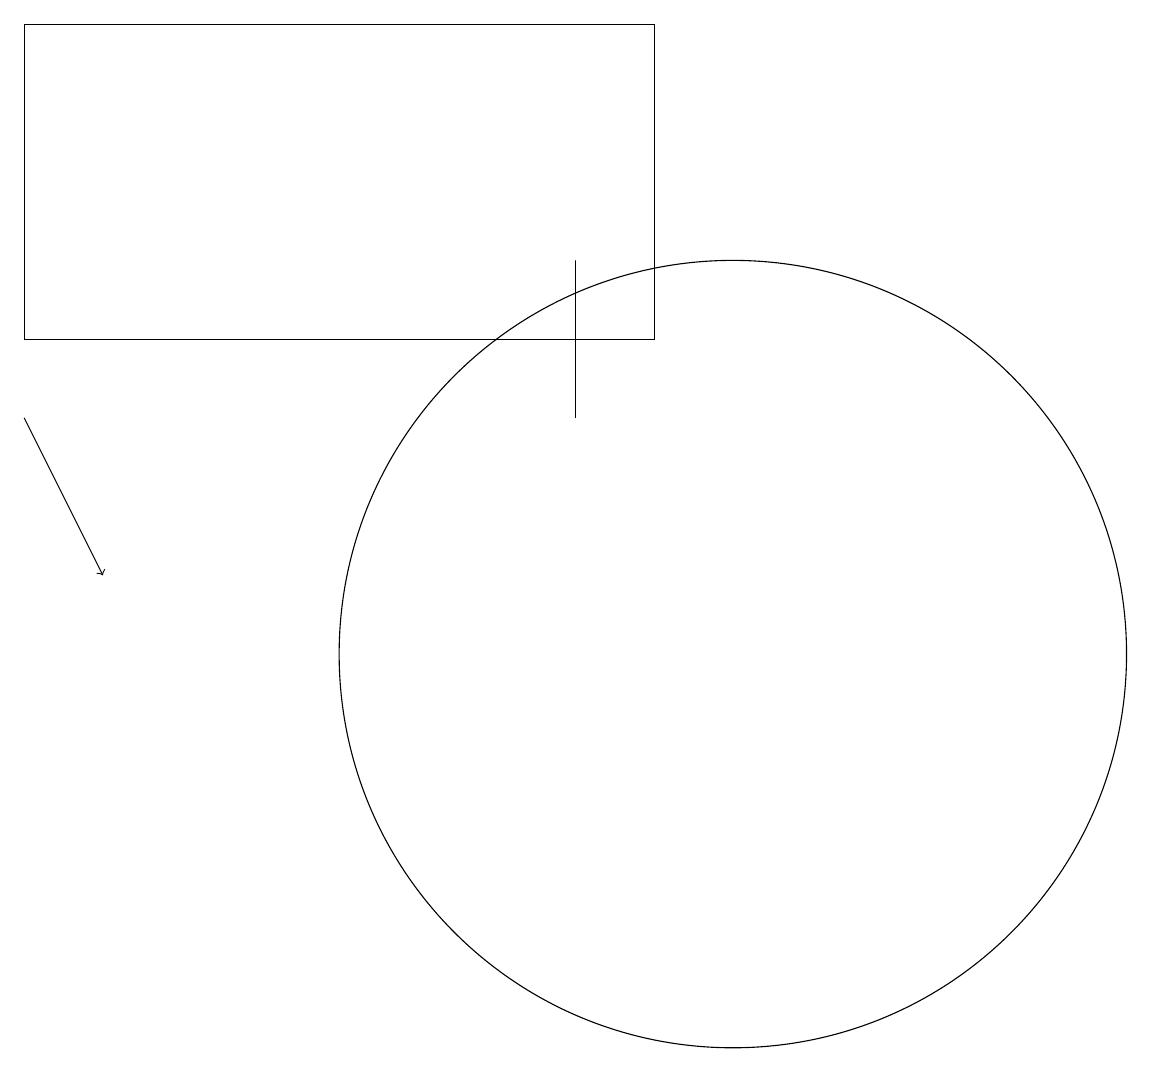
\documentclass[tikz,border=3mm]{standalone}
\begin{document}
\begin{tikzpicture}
\draw (10,11) circle (5);
\draw (1,15) rectangle (9,19);
\draw (8,14) rectangle (8,16);
\draw[->] (1,14) -- (2,12);
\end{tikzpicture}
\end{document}